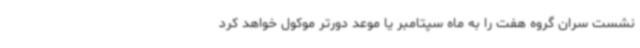
نشست سران گروه هفت را به ماه سپتامبر یا موعد دورتر موکول خواهد کرد